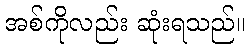
အစ်ကိုလည်း ဆုံးရသည်။